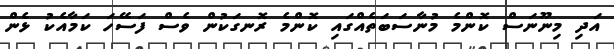
އަދި މިނޫނަސް ކޮންމެ މުނާސަބަތެއްގައި ކޮންމެ ރޮނގަކުން ވެސް ފަސޭހަ ކަމާއެކު ޅެން